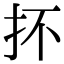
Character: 抔